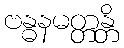
ဗန္ဓနမတ္တန္တိ